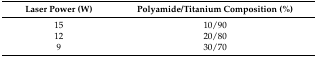
| Laser Power (W) | Polyamide/Titanium Composition (%) |
 | --- | --- |
 | 15 | 10/90 |
 | 12 | 20/80 |
 | 9 | 30/70 |